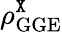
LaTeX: \rho_{\mathrm{GGE}}^{\tt X}